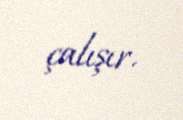
çalışır.